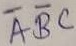
Text: ABC